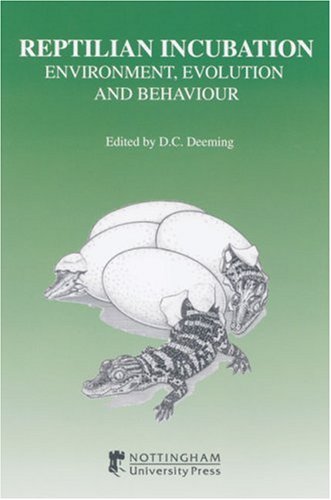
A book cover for Reptilian Incubation: Environment, Evolution and Behaviour; D. C. Deeming; Crafts, Hobbies & Home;